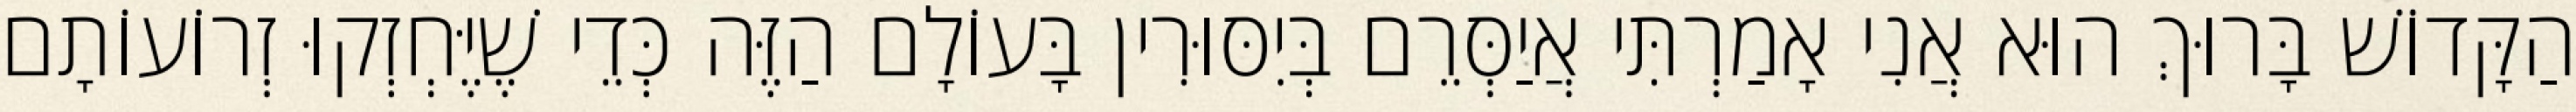
הַקָּדוֹשׁ בָּרוּךְ הוּא אֲנִי אָמַרְתִּי אֲיַסְּרֵם בְּיִסּוּרִין בָּעוֹלָם הַזֶּה כְּדֵי שֶׁיֶּחְזְקוּ זְרוֹעוֹתָם